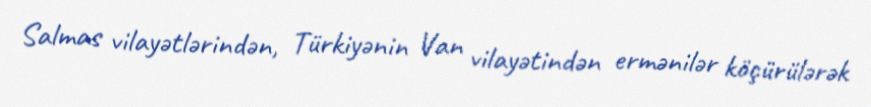
Salmas vilayətlərindən, Türkiyənin Van vilayətindən ermənilər köçürülərək